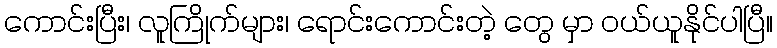
ကောင်းပြီး၊ လူကြိုက်များ၊ ရောင်းကောင်းတဲ့ တွေ မှာ ဝယ်ယူနိုင်ပါပြီ။